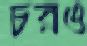
চরও